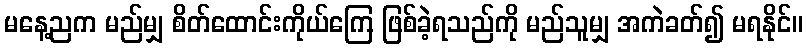
မနေ့ညက မည်မျှ စိတ်ထောင်းကိုယ်ကြေ ဖြစ်ခဲ့ရသည်ကို မည်သူမျှ အကဲခတ်၍ မရနိုင်။